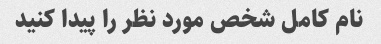
نام کامل شخص مورد نظر را پیدا کنید